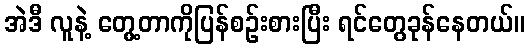
အဲဒီ လူနဲ့ တွေ့တာကိုပြန်စဉ်းစားပြီး ရင်တွေခုန်နေတယ်။